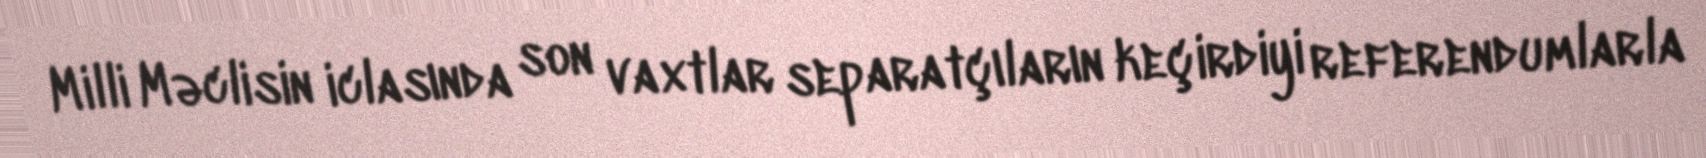
Milli Məclisin iclasında son vaxtlar separatçıların keçirdiyi referendumlarla